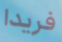
فريدا